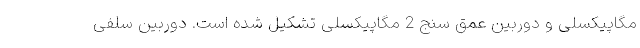
مگاپیکسلی و دوربین عمق سنج 2 مگاپیکسلی تشکیل شده است. دوربین سلفی